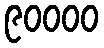
၉၀၀၀၀